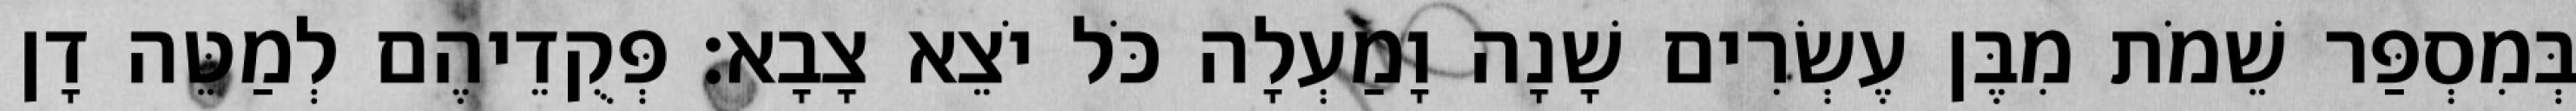
בְּמִסְפַּר שֵׁמֹת מִבֶּן עֶשְׂרִים שָׁנָה וָמַעְלָה כֹּל יֹצֵא צָבָא׃ פְּקֻדֵיהֶם לְמַטֵּה דָן